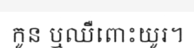
កូន ឬឈឺពោះយូរ។